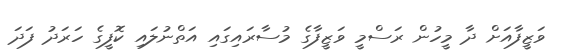
ވަޒީފާއަށް ދާ މީހުން ރަސްމީ ވަޒީފާގެ މުސާރައިގައި އަތްނުލައި ކޮފީގެ ހަރަދު ފަދަ